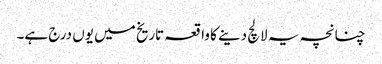
چنانچہ یہ لالچ دینے کا واقعہ تاریخ میں یوں درج ہے۔